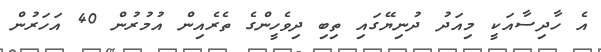
އެ ހާދިސާއަކީ މިއަދު ދުނިޔޭގައި ތިބި ދިވެހީންގެ ތެރެއިން އުމުރުން 40 އަހަރުން